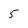
Character: 5